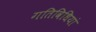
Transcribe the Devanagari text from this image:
गतिविधियां